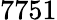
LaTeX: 7751